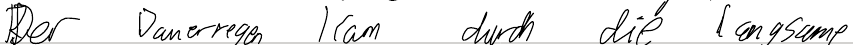
Der Dauerregen kam durch die langsame